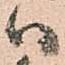
ハ